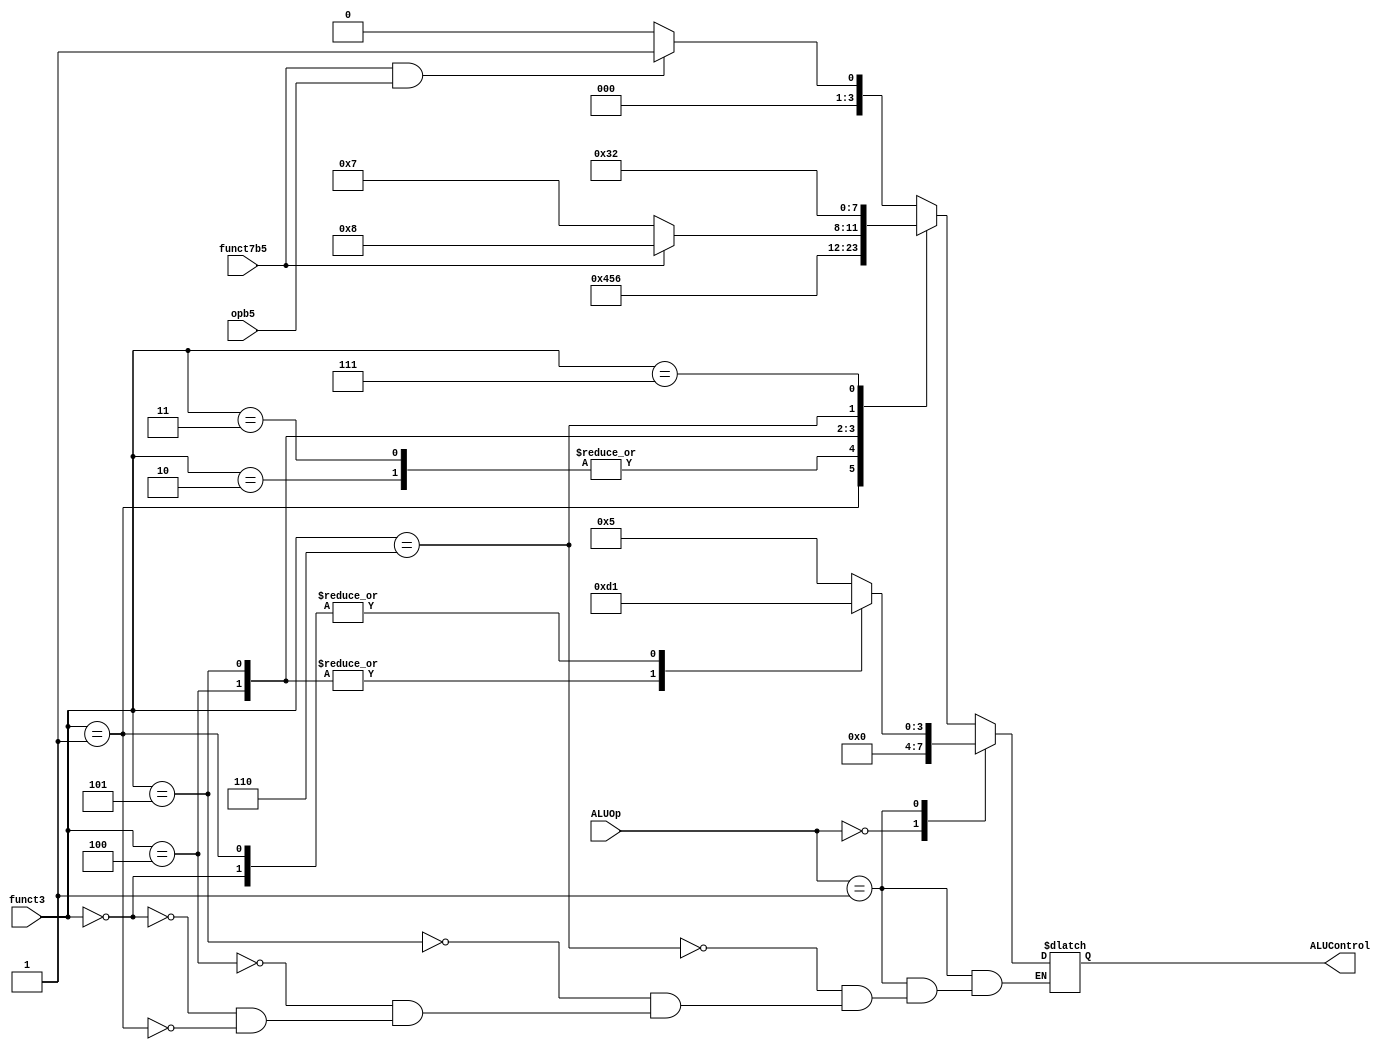

// alu_decoder.v - logic for ALU decoder

module alu_decoder (
    input            opb5,
    input [2:0]      funct3,
    input            funct7b5,
    input [1:0]      ALUOp,
    output reg [3:0] ALUControl
);

always @(*) begin
    case (ALUOp)
        2'b00: begin
            if(funct3==010 | funct3== 000) begin
                ALUControl = 4'b1001; // sb and sw
					 end
                 ALUControl = 4'b0000;    // addition
					  end
        2'b01: begin 
            case (funct3) 
            3'b110: ALUControl = 4'b0101; 
            3'b101: ALUControl = 4'b1101;
            3'b100: ALUControl = 4'b1101;
             //  B-Type
             3'b000: ALUControl = 4'b0001; 
             3'b001: ALUControl = 4'b0001;
            endcase
        end          // subtraction
			default:
            case (funct3) // R-type or I-type ALU
                3'b000: begin
                    // True for R-type subtract
                    if   (funct7b5 & opb5) ALUControl = 4'b0001; //sub  
                    else ALUControl = 4'b0000; // add, addi
                end
                3'b001:  ALUControl = 4'b0100; //sll, slli
                3'b010:  ALUControl = 4'b0101; // slt, slti
                3'b011:  ALUControl = 4'b0101; // sltu, sltiu (doubtful)
                3'b100:  ALUControl = 4'b0110; // xor, xori
                3'b101: begin
                    if (funct7b5) ALUControl = 4'b1000; // srl, srli (we have exchanged both alucontrol bits)
                    else ALUControl = 4'b0111;          // sra, srai
                end
                3'b110:  ALUControl = 4'b0011; // or, ori
                3'b111:  ALUControl = 4'b0010; // and, andi
                default: ALUControl = 4'bxxxx; // ???

            endcase
    endcase
end

endmodule